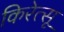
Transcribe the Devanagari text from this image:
किरेत्सू